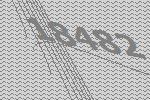
18482